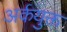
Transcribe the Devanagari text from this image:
अर्कयुक्त